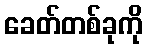
ခေတ်တစ်ခုကို